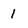
Character: 1